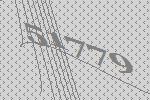
51779